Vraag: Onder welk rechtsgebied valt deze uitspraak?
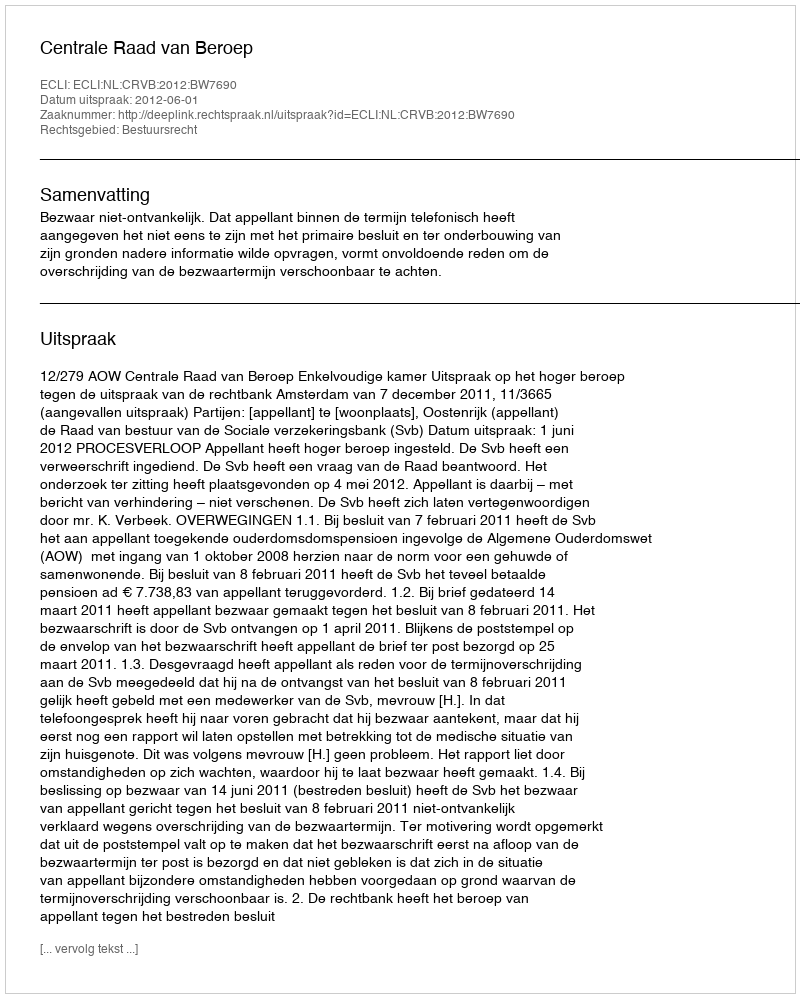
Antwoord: Bestuursrecht